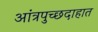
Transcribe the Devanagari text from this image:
आंत्रपुच्छदाहात